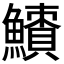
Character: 𩼜